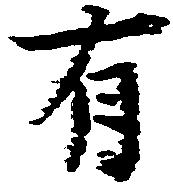
有